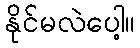
နိုင်မလဲပေါ့။